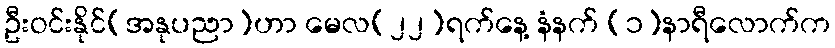
ဦးဝင်းနိုင်(အနုပညာ)ဟာ မေလ(၂၂)ရက်နေ့ နံနက် (၁)နာရီလောက်က